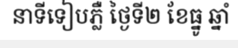
នាទីទៀបភ្លឺ ថ្ងៃទី២ ខែធ្នូ ឆ្នាំ